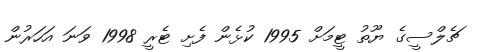
ޗެލްސީގެ ޔޫތު ޓީމަށް 1995 ކުޅެން ފެށި ޓެރީ 1998 ވަނަ އަހަރުން